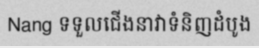
Nang ទទួលជើងនាវាទំនិញដំបូង